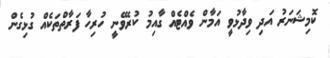
ކޮމިޝަނަރު އަދި ވިދާޅުވީ އަމާން ވެއްޓެއް ގާއިމު ކުރެވޭނީ ހުރިހާ ފަރާތްތަކެއް ގުޅިގެން